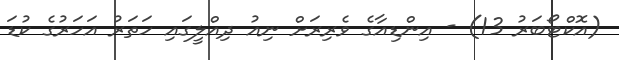
(އޮކްޓޯބަރު 13) - އިންޑިއާގެ ވެރިރަށް ނިއު ދިއްލީގައި ހަތަރު އަހަރުގެ ކުޑަ